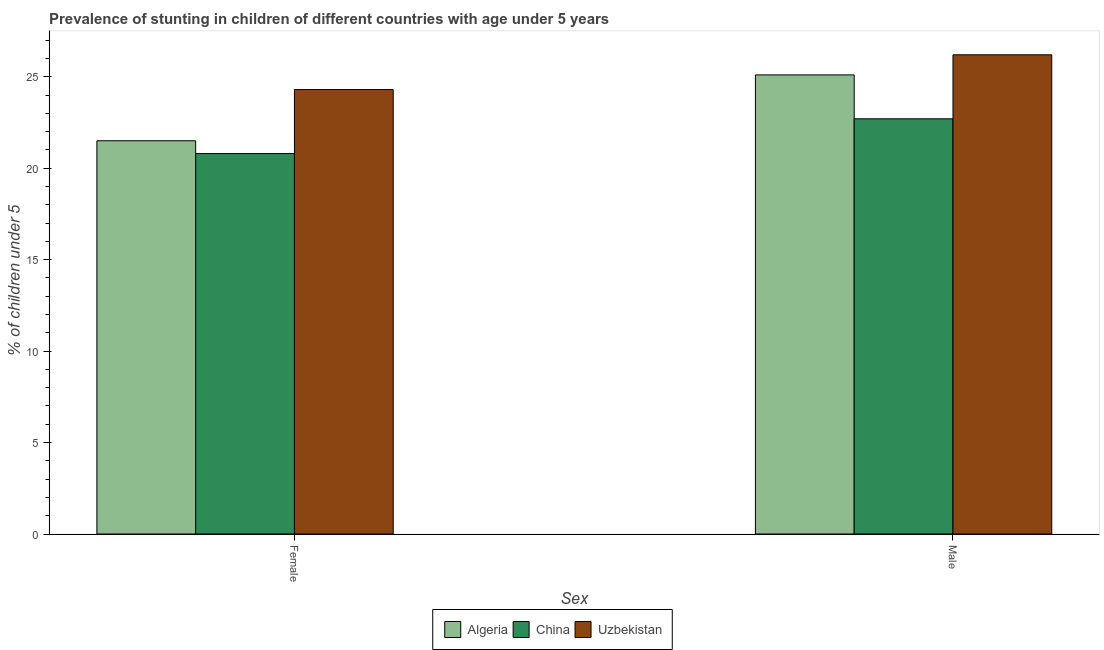
| Sex | Algeria | China | Uzbekistan |
 | --- | --- | --- | --- |
 | Female | 21.5 | 20.8 | 24.3 |
 | Male | 25.1 | 22.7 | 26.2 |